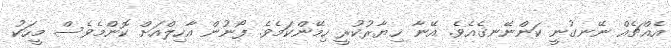
އެއްޗެއް ނޭނގުނީ ކަންނޭނގެއެވެ. އޭނާ ޚިޔާރުކުރީ ހިމޭންކަމެވެ. ފޯނުން އާހިލްއަށް ކޮންމެވެސް މީހަކު